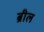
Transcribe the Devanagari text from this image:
ब्रील